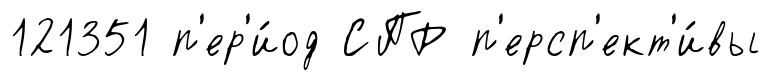
121351 п'ер'и́од СПР п'ерсп'ект'и́вы